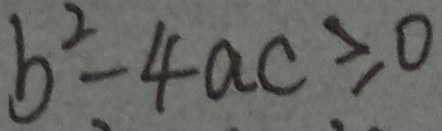
b ^ { 2 } - 4 a c \geq 0